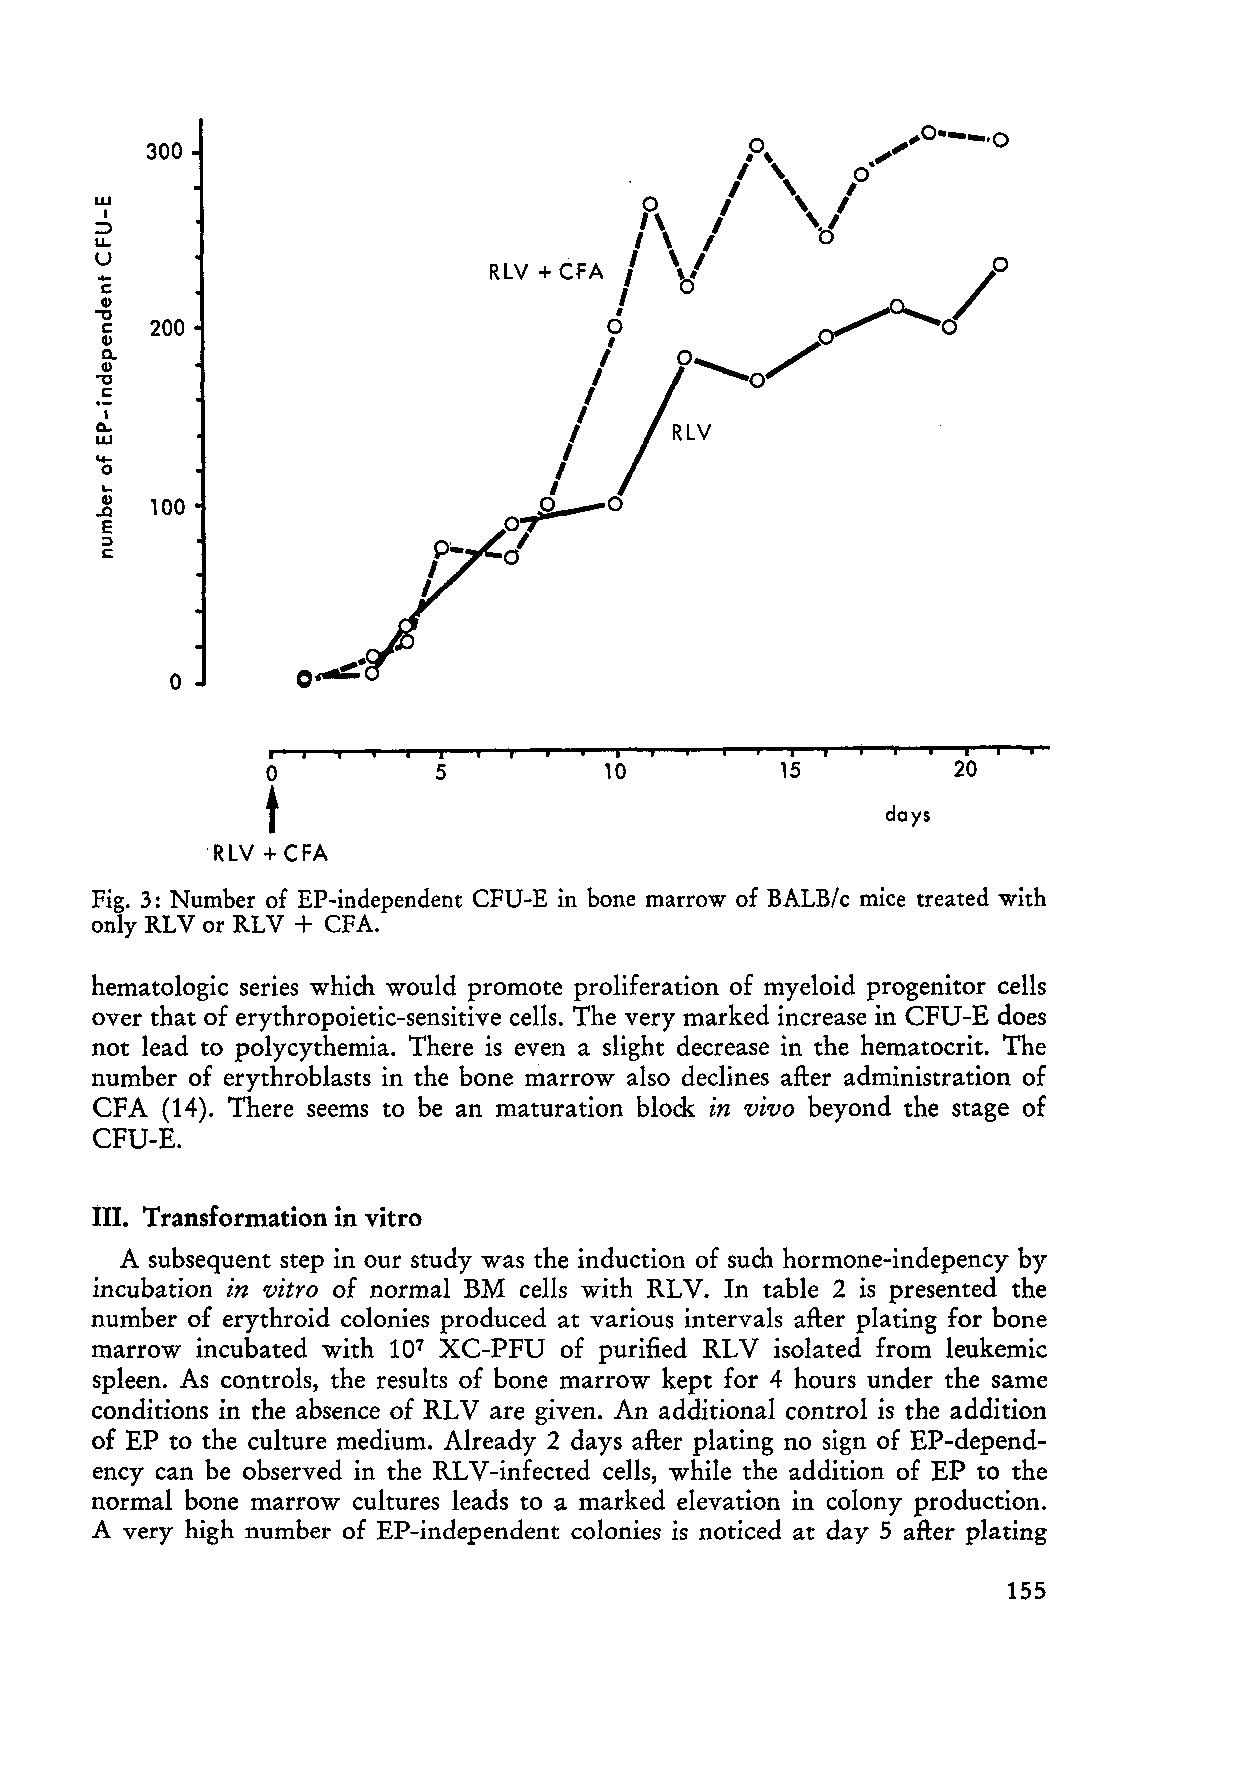
300
 W
 I
 :::>
 u.
 U
 ....                      RLV + CfA
 c
 CI)
 ~  200
 CI)
 Q.
 CI)
 "'0
 C
 I
 0-
 .w...
 o
 ...
 .8 100
 E
 ;:)
 c
 o        c~·
 •          i           i
 o          5          10          15         20
 t
 days
 RLV + CFA
 Fig. 3: Number of EP-independent CFU-E in bone marrow of BALB/c mice treated with
 +
 only RLV or RLV CFA.
 hematologic series which would promote proliferation of myeloid progenitor cells
 over that of erythropoietic-sensitive cells. The very marked increase in CFU-E does
 not lead to polycythemia. There is even a slight decrease in the hematocrit. The
 number of erythroblasts in the bone marrow also declines after administration of
 CFA  (14). There seems to be an maturation block in viva beyond the stage of
 CFU-E.
 III. Transformation in vitro
 A subsequent step in our study was the induction of such hormone-indepency by
 incubation in vitra of normal BM cells with RLV . In table 2 is presented the
 number of erythroid colonies produced at various intervals after plating for bone
 marrow incubated with 107 XC-PFU of purified RLV isolated from leukemic
 spleen. As controls, the results of bone marrow kept for 4 hours under the same
 conditions in the absence of RLV are given. An additional control is the addition
 of EP to the culture medium. Already 2 days after plating no sign of EP-depend
 ency can be observed in the RLV -infected cells, while the addition of EP to the
 normal bone marrow cultures leads to a marked elevation in colony production.
 A very high number of EP-independent colonies is noticed at day 5 after plating
 155